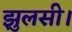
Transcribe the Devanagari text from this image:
झुलसी।